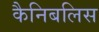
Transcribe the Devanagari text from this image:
कैनिबलिस